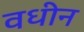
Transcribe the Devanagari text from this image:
वधीन